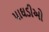
પાઘડીઓ